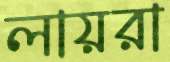
লায়রা